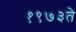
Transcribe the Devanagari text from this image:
१९७३ते